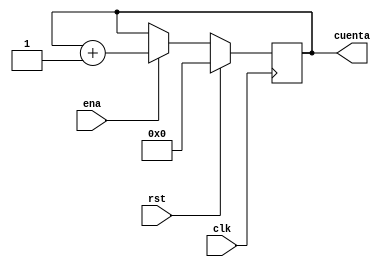
`timescale 1ns / 1ps

module cont4bits(clk,rst,ena,cuenta);
input clk,rst,ena;
output reg [3:0]cuenta;
always @(posedge clk) 
	if(rst)
		cuenta=4'b0;
	else if(ena)
		cuenta=cuenta+1'b1;
	else
		cuenta=cuenta;
endmodule